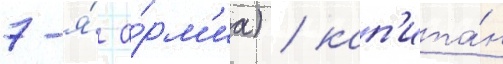
7-я́ а́рм'иа) / кап'ита́н